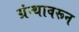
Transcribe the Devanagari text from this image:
ग्रंन्थावरून